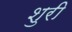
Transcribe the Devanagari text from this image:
शुरी